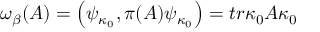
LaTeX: \omega _ { \beta } ( A ) = \left( \psi _ { \kappa _ { 0 } } , \pi ( A ) \psi _ { \kappa _ { 0 } } \right) = t r \kappa _ { 0 } A \kappa _ { 0 }